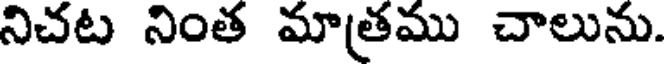
నిచట నింత మాత్రము చాలును.